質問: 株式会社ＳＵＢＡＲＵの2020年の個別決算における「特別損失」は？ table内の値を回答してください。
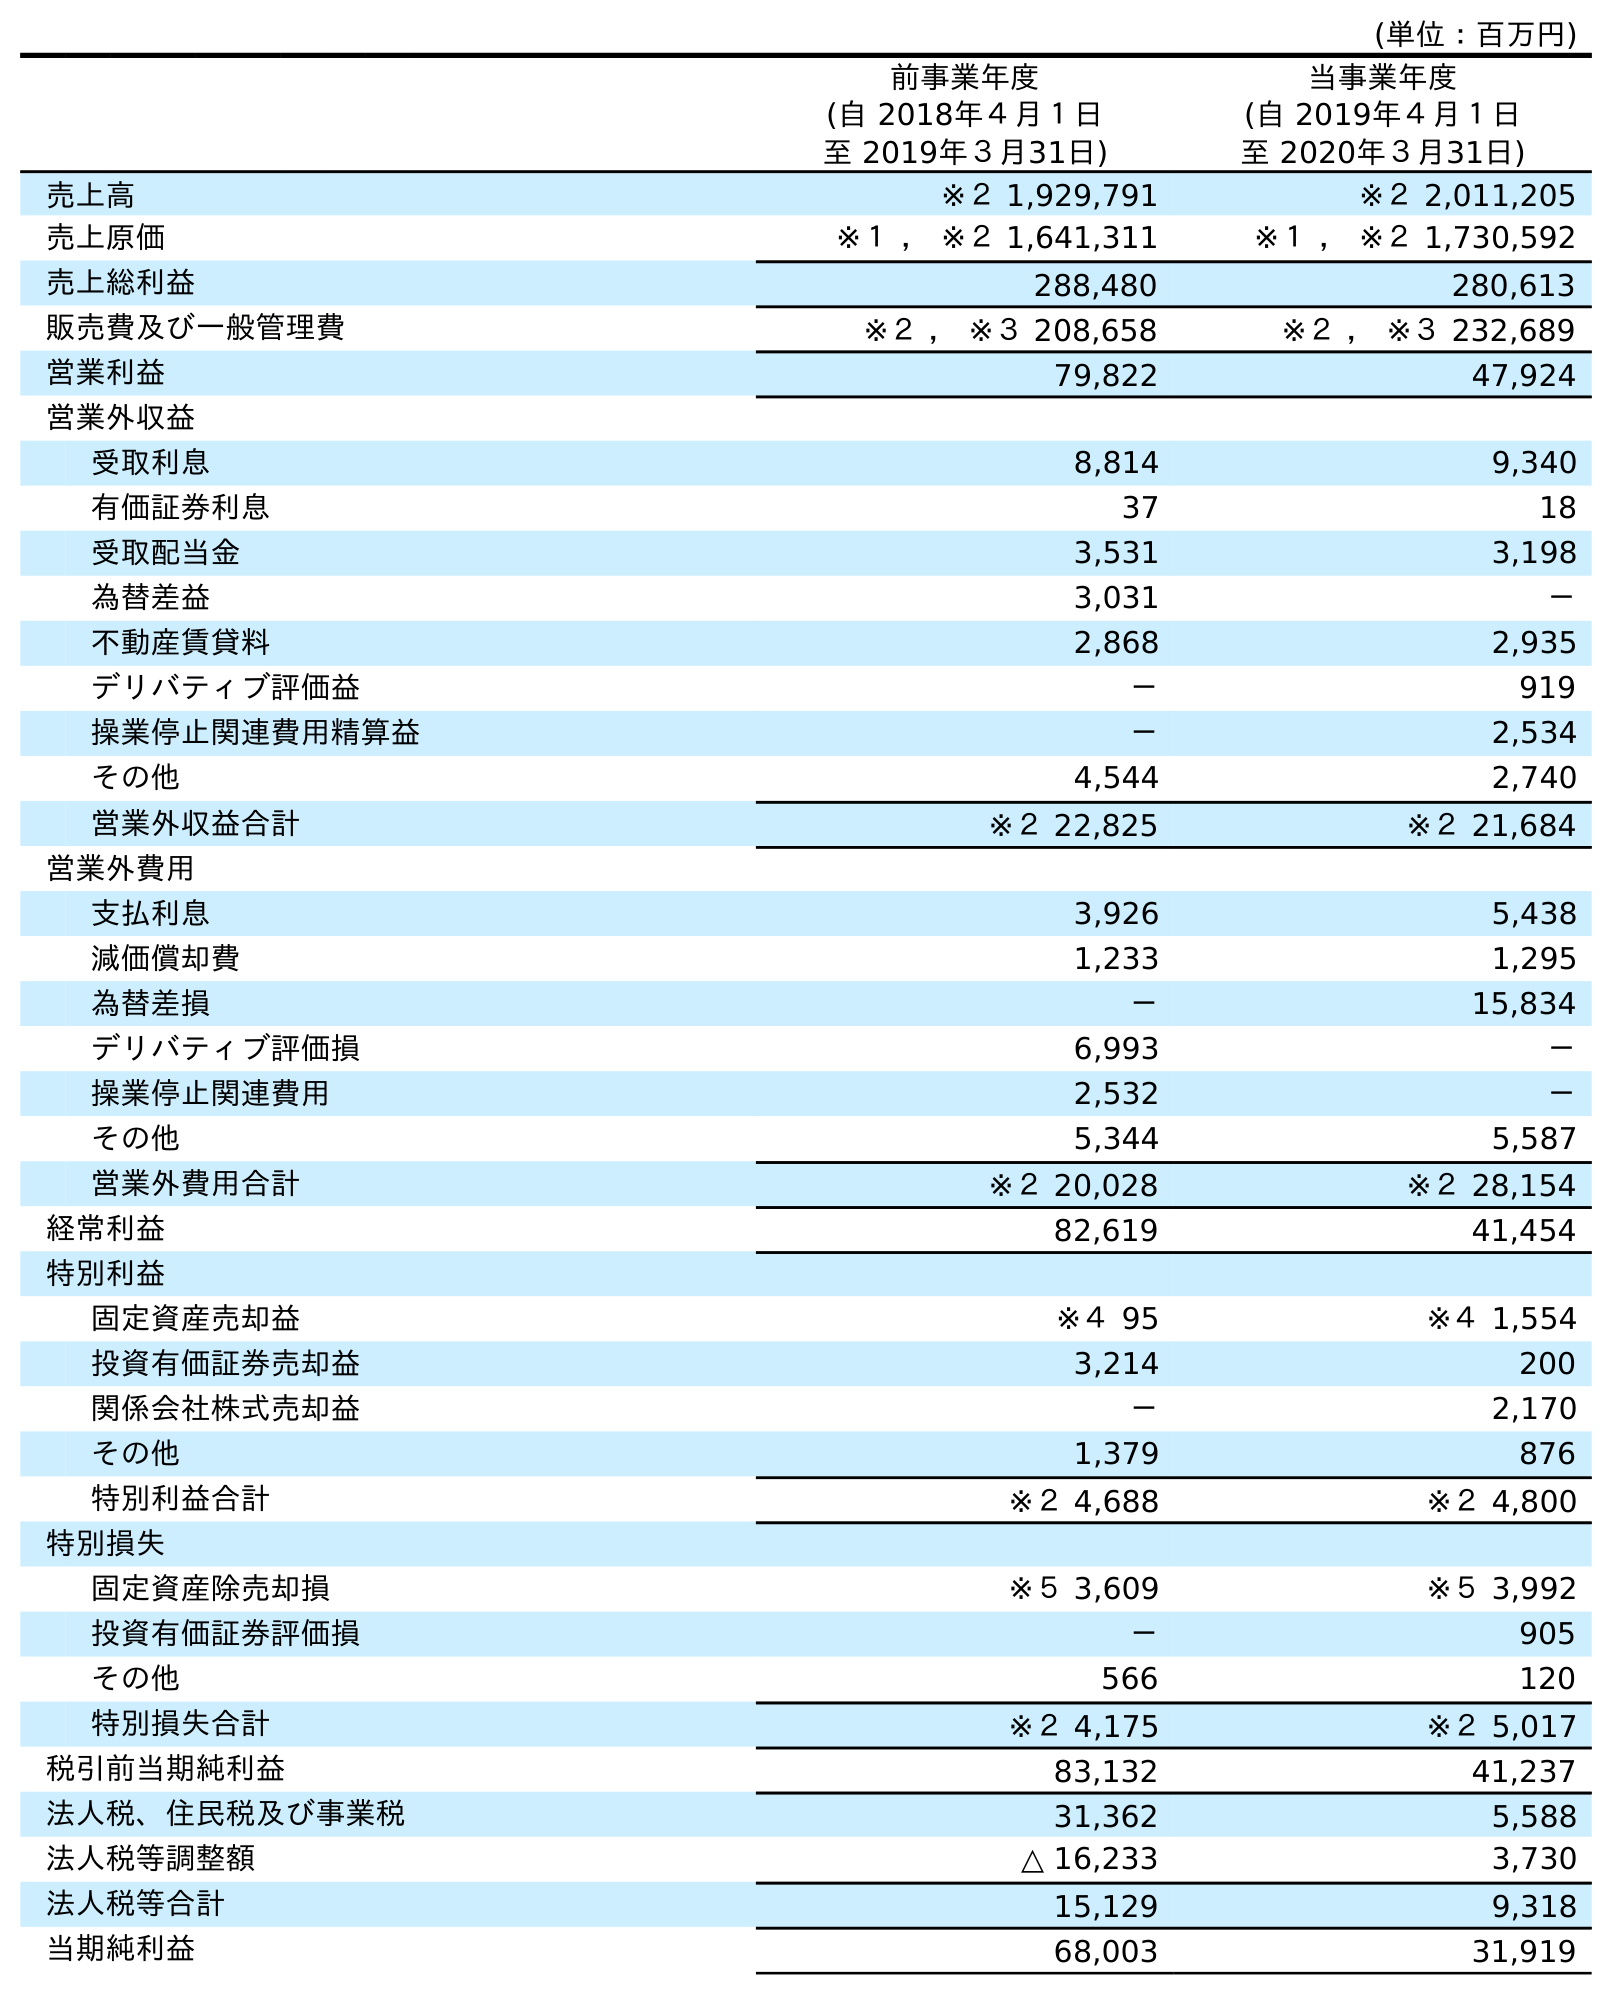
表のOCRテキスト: (単位：百万円) 前事業年度 (自 2018年４月１日 至 2019年３月31日) 当事業年度 (自 2019年４月１日 至 2020年３月31日) 売上高 ※２ 1,929,791 ※２ 2,011,205 売上原価 ※１ ， ※２ 1,641,311 ※１ ， ※２ 1,730,592 売上総利益 288,480 280,613 販売費及び一般管理費 ※２ ， ※３ 208,658 ※２ ， ※３ 232,689 営業利益 79,822 47,924 営業外収益 受取利息 8,814 9,340 有価証券利息 37 18 受取配当金 3,531 3,198 為替差益 3,031 － 不動産賃貸料 2,868 2,935 デリバティブ評価益 － 919 操業停止関連費用精算益 － 2,534 その他 4,544 2,740 営業外収益合計 ※２ 22,825 ※２ 21,684 営業外費用 支払利息 3,926 5,438 減価償却費 1,233 1,295 為替差損 － 15,834 デリバティブ評価損 6,993 － 操業停止関連費用 2,532 － その他 5,344 5,587 営業外費用合計 ※２ 20,028 ※２ 28,154 経常利益 82,619 41,454 特別利益 固定資産売却益 ※４ 95 ※４ 1,554 投資有価証券売却益 3,214 200 関係会社株式売却益 － 2,170 その他 1,379 876 特別利益合計 ※２ 4,688 ※２ 4,800 特別損失 固定資産除売却損 ※５ 3,609 ※５ 3,992 投資有価証券評価損 － 905 その他 566 120 特別損失合計 ※２ 4,175 ※２ 5,017 税引前当期純利益 83,132 41,237 法人税、住民税及び事業税 31,362 5,588 法人税等調整額 △ 16,233 3,730 法人税等合計 15,129 9,318 当期純利益 68,003 31,919
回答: ※２5,017